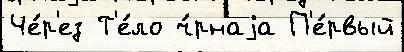
Че́р'ез Т'е́ло ч́рнаjа П'е́рвый